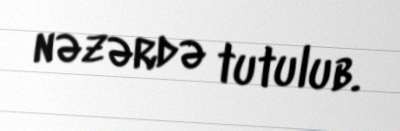
nəzərdə tutulub.